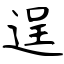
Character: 逞